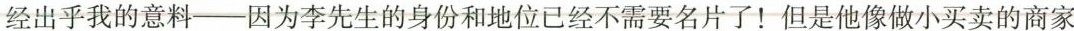
经出乎我的意料——因为李先生的身份和地位已经不需要名片了！但是他像做小买卖的商家